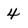
Character: 4